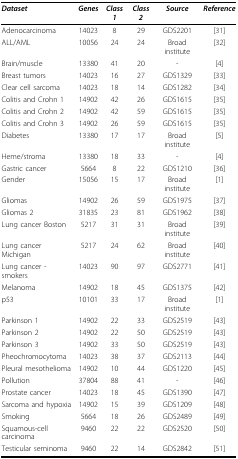
<table><thead><tr><td><b><i>Dataset</i></b></td><td><b><i>Genes</i></b></td><td><b><i>Class 1</i></b></td><td><b><i>Class 2</i></b></td><td><b><i>Source</i></b></td><td><b><i>Reference</i></b></td></tr></thead><tbody><tr><td>Adenocarcinoma</td><td>14023</td><td>8</td><td>29</td><td>GDS2201</td><td>[31]</td></tr><tr><td>ALL/AML</td><td>10056</td><td>24</td><td>24</td><td>Broad institute</td><td>[32]</td></tr><tr><td>Brain/muscle</td><td>13380</td><td>41</td><td>20</td><td>-</td><td>[4]</td></tr><tr><td>Breast tumors</td><td>14023</td><td>16</td><td>27</td><td>GDS1329</td><td>[33]</td></tr><tr><td>Clear cell sarcoma</td><td>14023</td><td>18</td><td>14</td><td>GDS1282</td><td>[34]</td></tr><tr><td>Colitis and Crohn 1</td><td>14902</td><td>42</td><td>26</td><td>GDS1615</td><td>[35]</td></tr><tr><td>Colitis and Crohn 2</td><td>14902</td><td>42</td><td>59</td><td>GDS1615</td><td>[35]</td></tr><tr><td>Colitis and Crohn 3</td><td>14902</td><td>26</td><td>59</td><td>GDS1615</td><td>[35]</td></tr><tr><td>Diabetes</td><td>13380</td><td>17</td><td>17</td><td>Broad institute</td><td>[5]</td></tr><tr><td>Heme/stroma</td><td>13380</td><td>18</td><td>33</td><td>-</td><td>[4]</td></tr><tr><td>Gastric cancer</td><td>5664</td><td>8</td><td>22</td><td>GDS1210</td><td>[36]</td></tr><tr><td>Gender</td><td>15056</td><td>15</td><td>17</td><td>Broad institute</td><td>[1]</td></tr><tr><td>Gliomas</td><td>14902</td><td>26</td><td>59</td><td>GDS1975</td><td>[37]</td></tr><tr><td>Gliomas 2</td><td>31835</td><td>23</td><td>81</td><td>GDS1962</td><td>[38]</td></tr><tr><td>Lung cancer Boston</td><td>5217</td><td>31</td><td>31</td><td>Broad institute</td><td>[39]</td></tr><tr><td>Lung cancer Michigan</td><td>5217</td><td>24</td><td>62</td><td>Broad institute</td><td>[40]</td></tr><tr><td>Lung cancer - smokers</td><td>14023</td><td>90</td><td>97</td><td>GDS2771</td><td>[41]</td></tr><tr><td>Melanoma</td><td>14902</td><td>18</td><td>45</td><td>GDS1375</td><td>[42]</td></tr><tr><td>p53</td><td>10101</td><td>33</td><td>17</td><td>Broad institute</td><td>[1]</td></tr><tr><td>Parkinson 1</td><td>14902</td><td>22</td><td>33</td><td>GDS2519</td><td>[43]</td></tr><tr><td>Parkinson 2</td><td>14902</td><td>22</td><td>50</td><td>GDS2519</td><td>[43]</td></tr><tr><td>Parkinson 3</td><td>14902</td><td>33</td><td>50</td><td>GDS2519</td><td>[43]</td></tr><tr><td>Pheochromocytoma</td><td>14023</td><td>38</td><td>37</td><td>GDS2113</td><td>[44]</td></tr><tr><td>Pleural mesothelioma</td><td>14902</td><td>10</td><td>44</td><td>GDS1220</td><td>[45]</td></tr><tr><td>Pollution</td><td>37804</td><td>88</td><td>41</td><td>-</td><td>[46]</td></tr><tr><td>Prostate cancer</td><td>14023</td><td>18</td><td>45</td><td>GDS1390</td><td>[47]</td></tr><tr><td>Sarcoma and hypoxia</td><td>14902</td><td>15</td><td>39</td><td>GDS1209</td><td>[48]</td></tr><tr><td>Smoking</td><td>5664</td><td>18</td><td>26</td><td>GDS2489</td><td>[49]</td></tr><tr><td>Squamous-cell carcinoma</td><td>9460</td><td>22</td><td>22</td><td>GDS2520</td><td>[50]</td></tr><tr><td>Testicular seminoma</td><td>9460</td><td>22</td><td>14</td><td>GDS2842</td><td>[51]</td></tr></tbody></table>